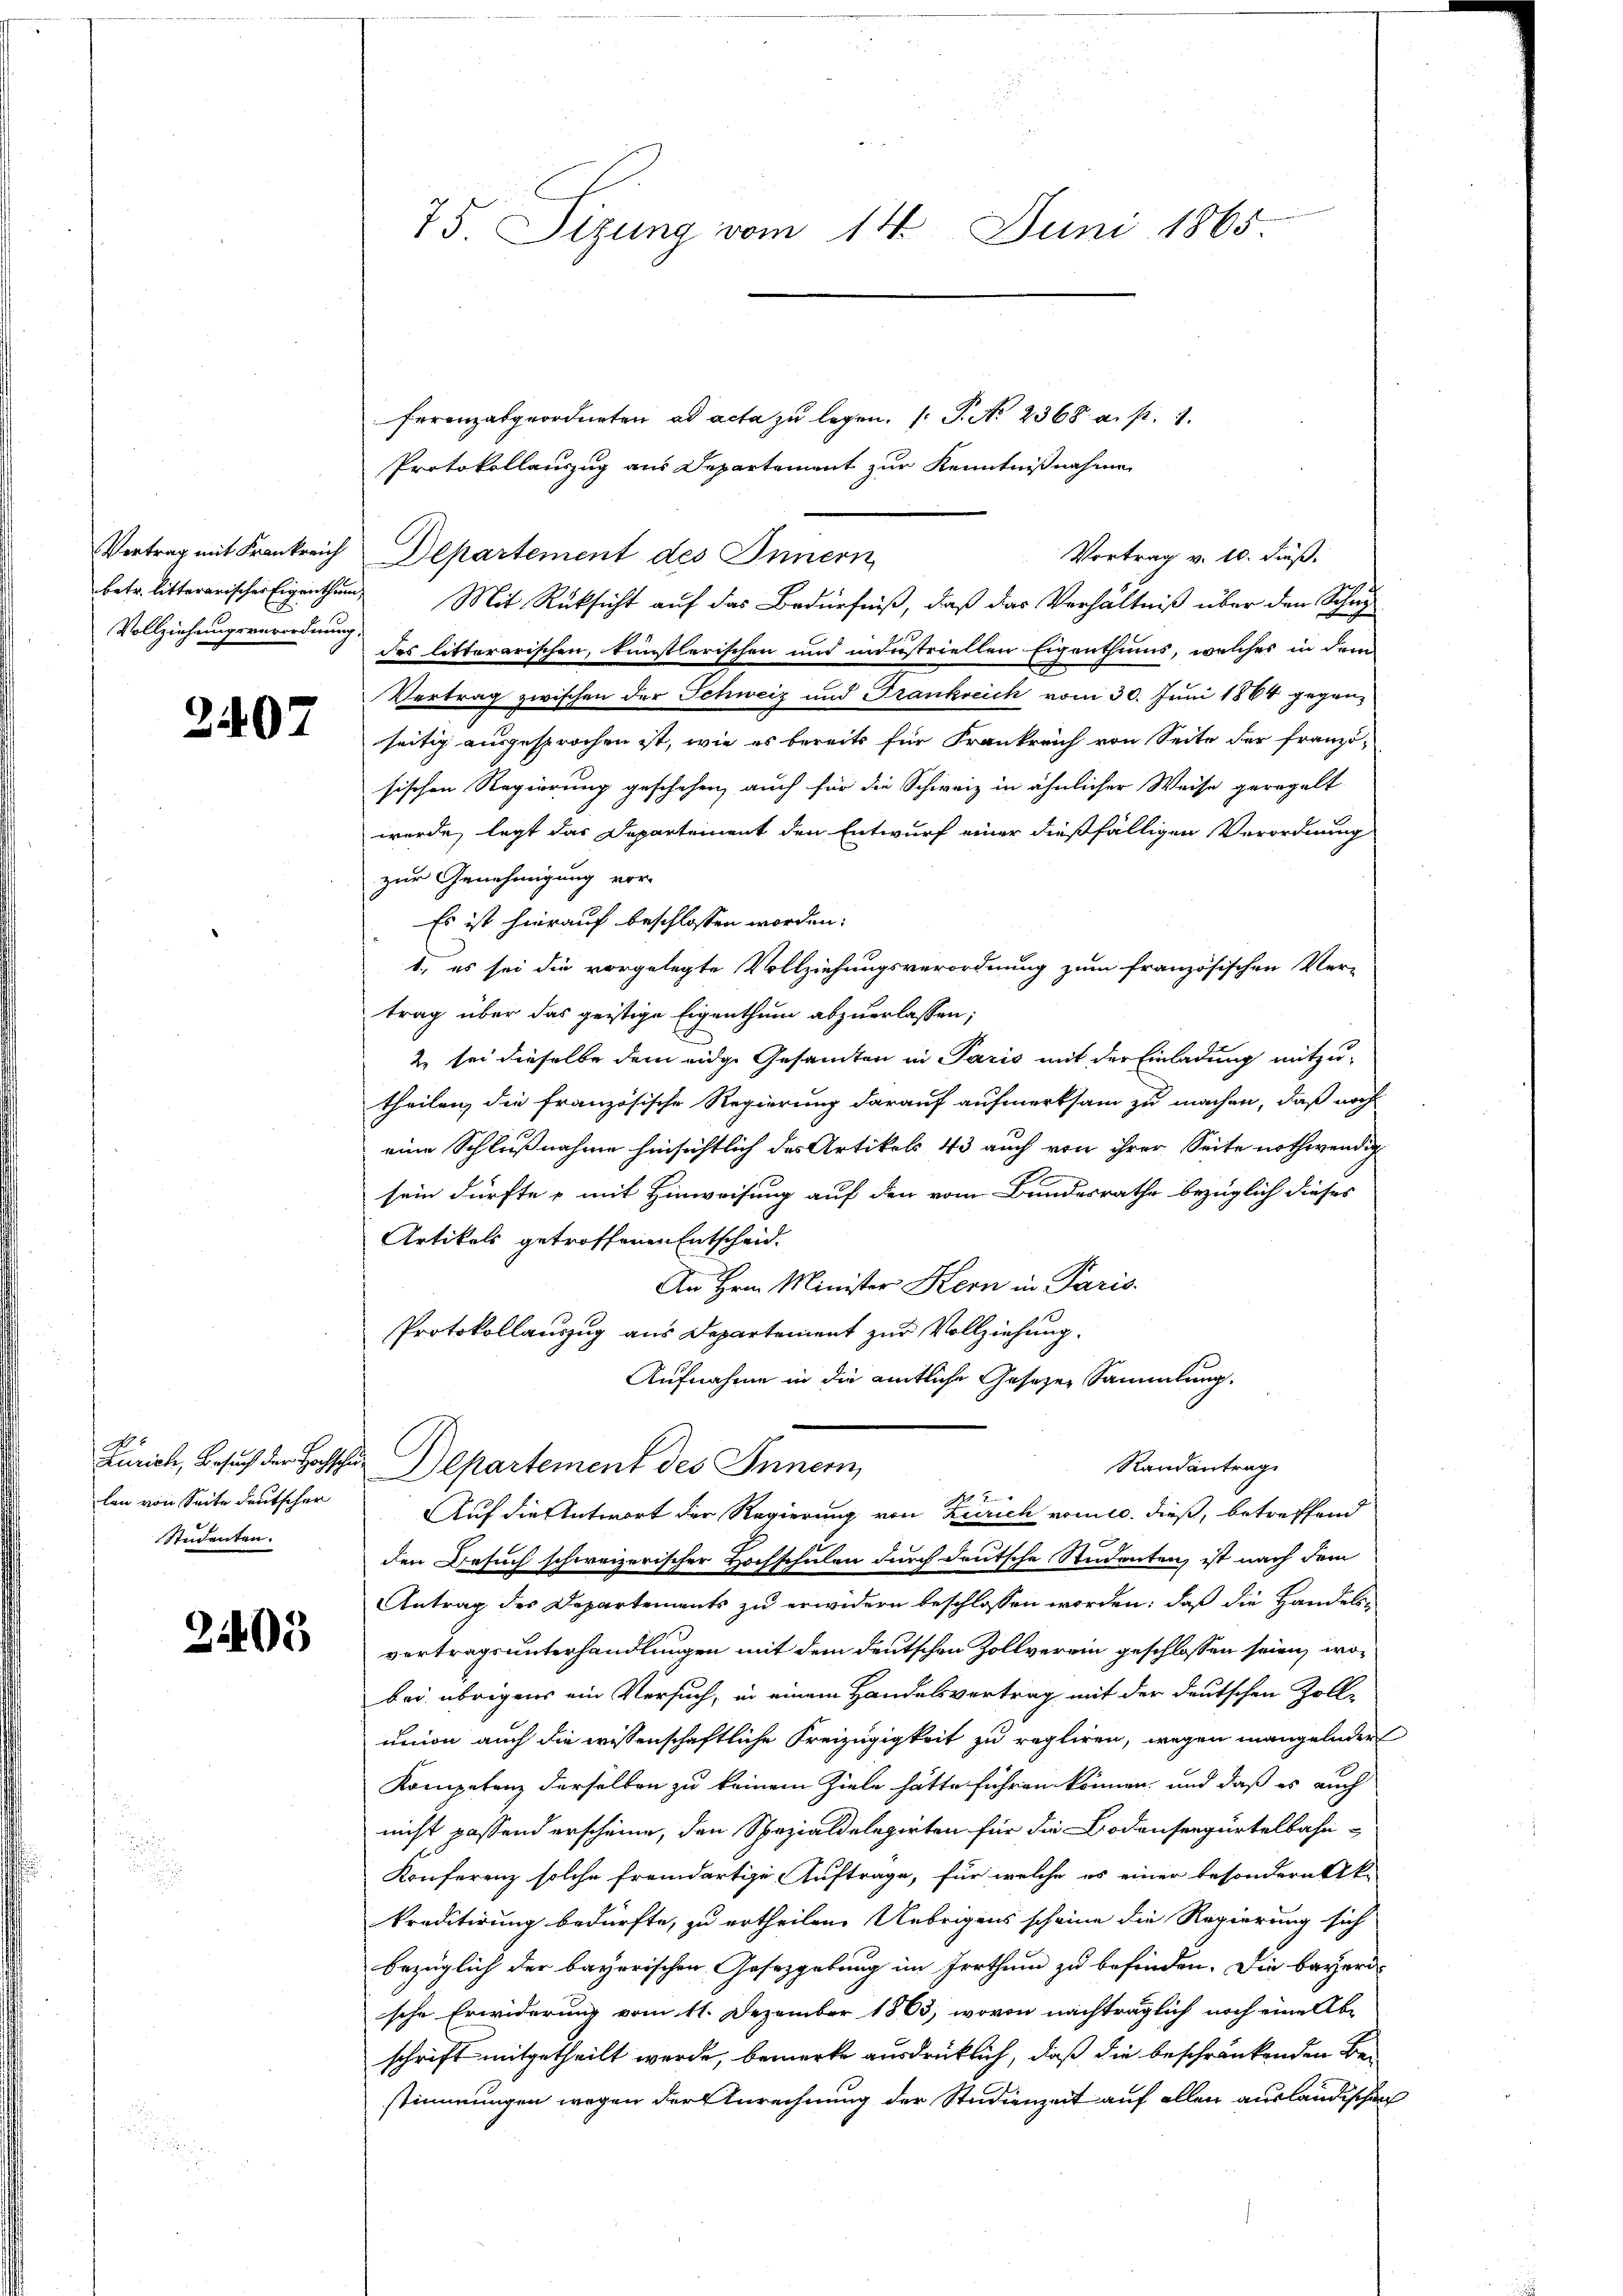
Vertrag mit Frankreich
Vollziehungsverordnung,

3407

Zürich, Besuch der Hochschulan von Seite deutscher
Studenten.

2405

75. Sizung vom 14. Juni 1865

ferenzabgeordneten ad acta zu legen. ( P. Nr. 2368 a. p. 1.
Protokollauszug aus Departement zur Kenntnißnahme
Departement des Innern
betr. litterarischer Eigenthum Mit Rücksicht auf das Bedürfniß, daß das Verhältniß über den Schu
des litterarischen, künstlerischen und minstriellen Eigenthums, welches in den
Vertrag zwischen der Schweiz und Frankreich vom 30. Juni 1864 gegenseitig ausgesprochen ist, wie es bereits für Frankreich von Seite der Franzö-
sischen Regierung geschehen, auch für die Schweiz in ähnlicher Weise geregelt
wurde, legt das Departement den Entwurf einer dießfälligen Verordnung
zur Genehmigung vor-
Es ist hierauf beschlossen worden:
1., es sei die vorgelegte Vollziehungsverordnung zum französischen Ver-
trag über das geistige Eigenthum abzuerlassen,
2 sei dieselbe dem eidge Gesamten in Paris mit der Einladung mitzu-
theilen, die französische Regierung darauf aufmerksam zu machen, daß noch
eine Schlußnahme hinsichtlich des Artikels 43 auch von ihrer Seite nothwendig
sein dürfte - mit Hinweisung auf den vom Bundesrathe bezüglich dieses
Artikels getroffenen Entscheid.
An Hrn. Minister Kern in Paris.
Protokollauszug aus Departement zur Vollziehung.
Aufnahme in die amtliche Gesetzen Sammlung.
Randantrag
Departement des Inner
Auf die Antwort der Regierung von Zürich vom 10. dieß, betreffend
g
den Besuch schweizerischer Hochschulen durch deutsche Studenten, ist nach dem
Antrag des Departements zu erwidern beschlossen worden; daß die Handelsvertragsunterhandlungen mit dem deutschen Zollverein geschlossen seien, wobei übrigens ein Versuch, in einem Handelsvertrag mit der deutschen Zoll-
union auch die wissenschaftliche Freizügigkeit zu regliren, wegen mangelnder
Kompetenz derselben zu keinem Ziele hätte führen können, und daß es auch
nicht passend erscheine, den Spezialdelegirten für die Bodenseegürtelbahn-
Konferenz solche fremdartige Auftrage, für welche es einer besondern k.
Preditirung bedürfte, zu ertheilen. Uebrigens scheine die Regierung sich
bezüglich der bayerischen Gesetzgebung im Irrthum zu befinden. Die bayeri-
sche Erwiderung vom 11. Dezember 1863, wovon nachträglich noch eine Abschrift mitgetheilt werde, bemerke ausdrücklich, daß die beschränkenden Bestimmungen wegen der Anrechnung der Studienzeit auf allen ausländischen

Vortrag v. 10. dieß.